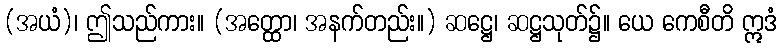
(အယံ)၊ ဤသည်ကား။ (အတ္ထော၊ အနက်တည်း။) ဆဋ္ဌေ၊ ဆဋ္ဌသုတ်၌။ ယေ ကေစီတိ ဣဒံ